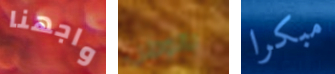
واجهنا بالوطن مبكرا